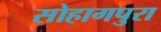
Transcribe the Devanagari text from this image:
सोहागपुरा